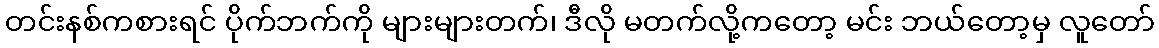
တင်းနစ်ကစားရင် ပိုက်ဘက်ကို များများတက်၊ ဒီလို မတက်လို့ကတော့ မင်း ဘယ်တော့မှ လူတော်